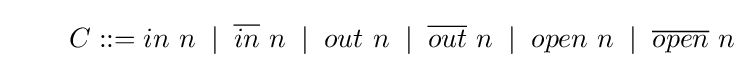
\qquad C::=in\ n\;\mid \;{\overline {in}}\ n\;\mid \;out\ n\;\mid \;{\overline {out}}\ n\;\mid \;open\ n\;\mid \;{\overline {open}}\ n